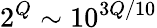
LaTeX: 2^{Q}\sim 10^{3Q/10}